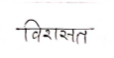
मजकूर: विरासत